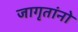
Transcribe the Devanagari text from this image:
जागृतांनो